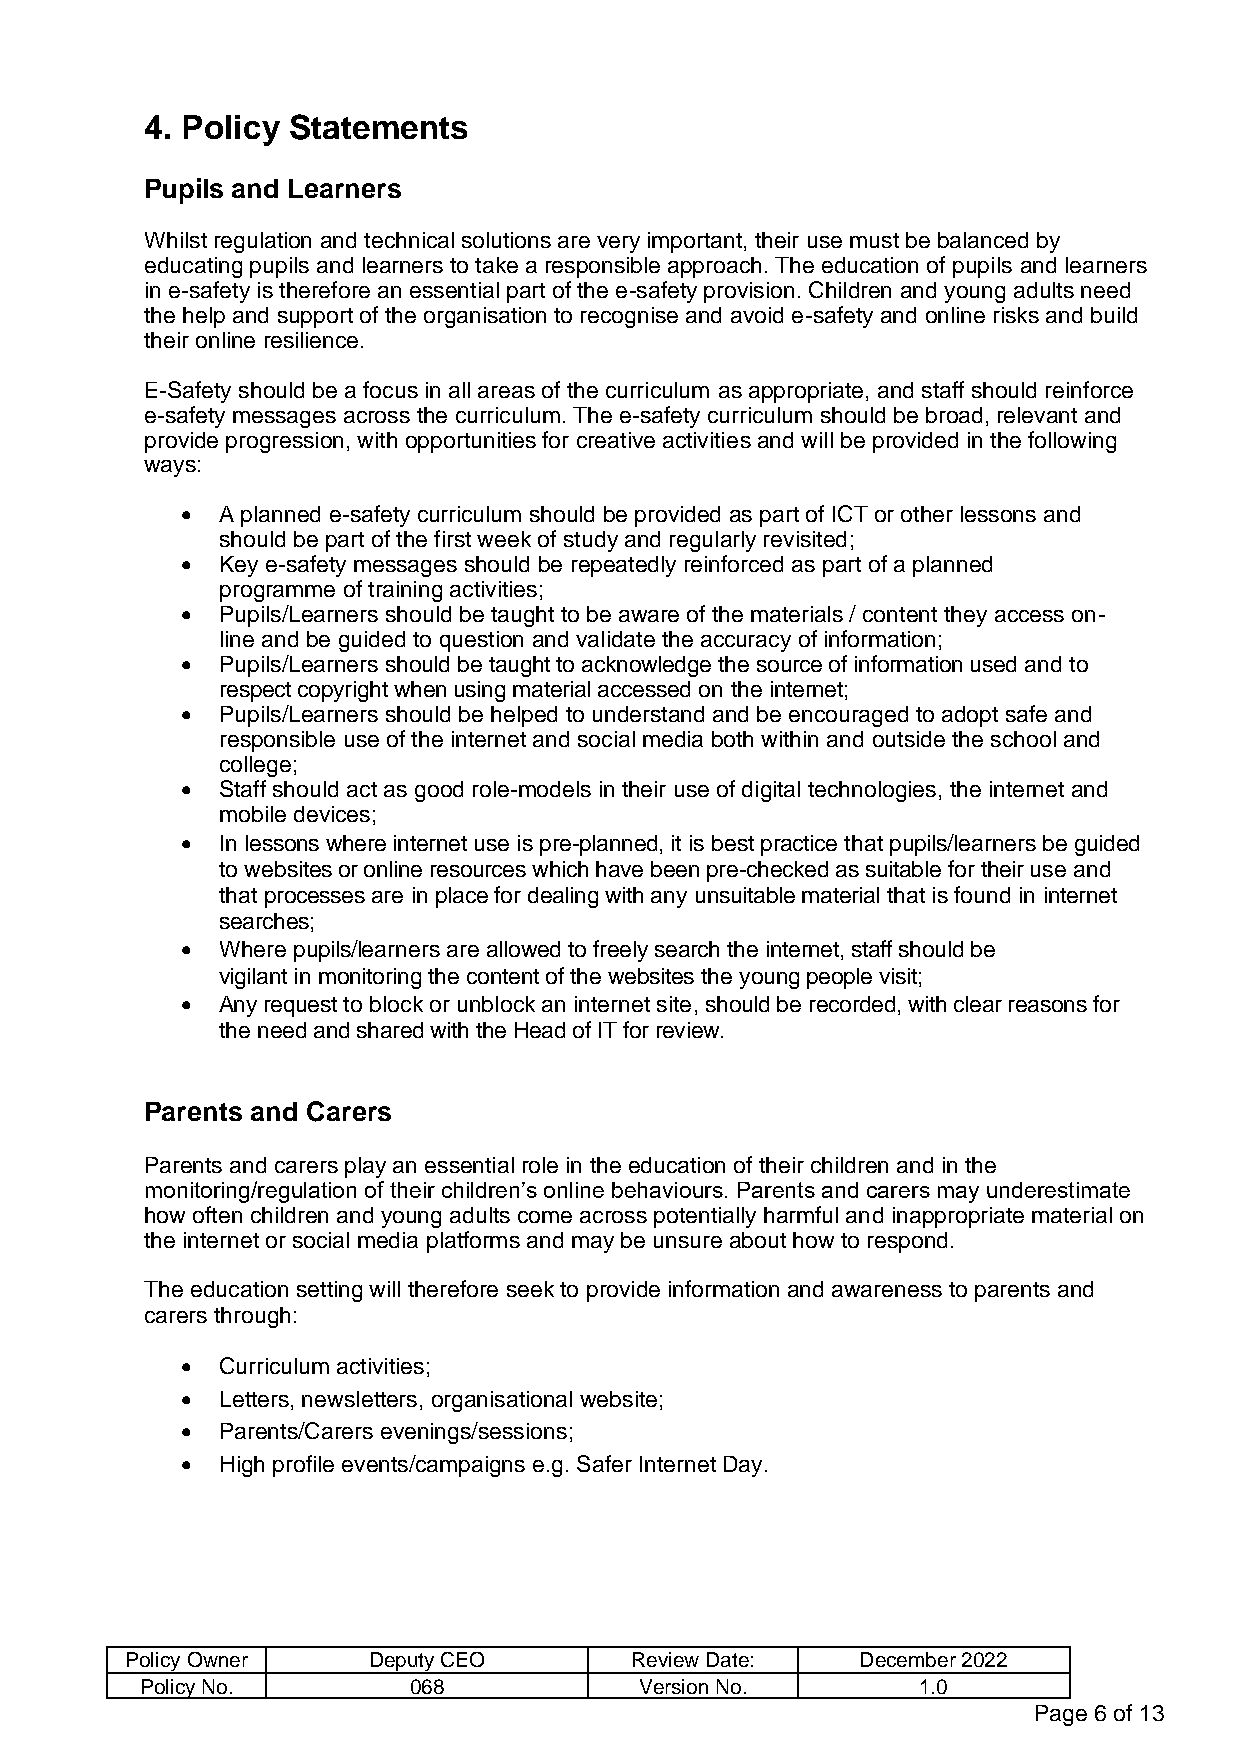
4. Policy Statements
 Pupils and Learners
 Whilst regulation and technical solutions are very important, their use must be balanced by
 educating pupils and learners to take a responsible approach. The education of pupils and learners
 in e-safety is therefore an essential part of the e-safety provision. Children and young adults need
 the help and support of the organisation to recognise and avoid e-safety and online risks and build
 their online resilience.
 E-Safety should be a focus in all areas of the curriculum as appropriate, and staff should reinforce
 e-safety messages across the curriculum. The e-safety curriculum should be broad, relevant and
 provide progression, with opportunities for creative activities and will be provided in the following
 ways:
 • A planned e-safety curriculum should be provided as part of ICT or other lessons and
 should be part of the first week of study and regularly revisited;
 • Key e-safety messages should be repeatedly reinforced as part of a planned
 programme of training activities;
 • Pupils/Learners should be taught to be aware of the materials / content they access on-
 line and be guided to question and validate the accuracy of information;
 • Pupils/Learners should be taught to acknowledge the source of information used and to
 respect copyright when using material accessed on the internet;
 • Pupils/Learners should be helped to understand and be encouraged to adopt safe and
 responsible use of the internet and social media both within and outside the school and
 college;
 • Staff should act as good role-models in their use of digital technologies, the internet and
 mobile devices;
 • In lessons where internet use is pre-planned, it is best practice that pupils/learners be guided
 to websites or online resources which have been pre-checked as suitable for their use and
 that processes are in place for dealing with any unsuitable material that is found in internet
 searches;
 • Where pupils/learners are allowed to freely search the internet, staff should be
 vigilant in monitoring the content of the websites the young people visit;
 • Any request to block or unblock an internet site, should be recorded, with clear reasons for
 the need and shared with the Head of IT for review.
 Parents and Carers
 Parents and carers play an essential role in the education of their children and in the
 monitoring/regulation of their children’s online behaviours. Parents and carers may underestimate
 how often children and young adults come across potentially harmful and inappropriate material on
 the internet or social media platforms and may be unsure about how to respond.
 The education setting will therefore seek to provide information and awareness to parents and
 carers through:
 • Curriculum activities;
 • Letters, newsletters, organisational website;
 • Parents/Carers evenings/sessions;
 • High profile events/campaigns e.g. Safer Internet Day.
 Policy Owner    Deputy CEO        Review Date:   December 2022
 Policy No.        068            Version No.        1.0
 Page 6 of 13